Report on vaccination in Madras 1877-1894 - 1877-1894
Year: 1877
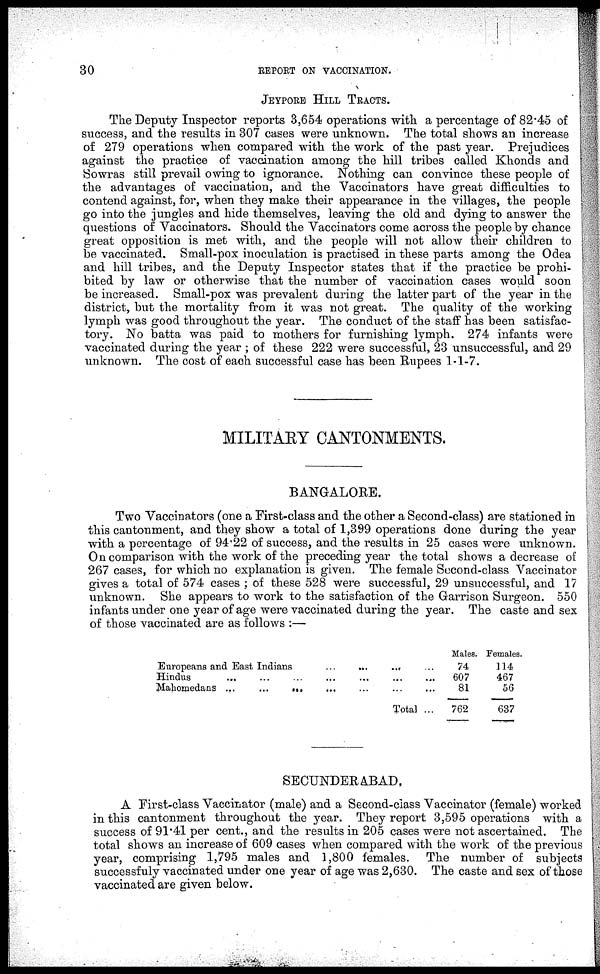
30
REPORT ON VACCINATION.
JEYPORE HILL TRACTS.
The Deputy Inspector reports 3,654 operations with a percentage of 82.45 of
success, and the results in 307 cases were unknown. The total shows an increase
of 279 operations when compared with the work of the past year. Prejudices
against the practice of vaccination among the hill tribes called Khonds and
Sowras still prevail owing to ignorance. Nothing can convince these people of
the advantages of vaccination, and the Vaccinators have great difficulties to
contend against, for, when they make their appearance in the villages, the people
go into the jungles and hide themselves, leaving the old and dying to answer the
questions of Vaccinators. Should the Vaccinators come across the people by chance
great opposition is met with, and the people will not allow their children to
be vaccinated. Small-pox inoculation is practised in these parts among the Odea
and hill tribes, and the Deputy Inspector states that if the practice be prohi-
bited by law or otherwise that the number of vaccination cases would soon
be increased. Small-pox was prevalent during the latter part of the year in the
district, but the mortality from it was not great. The quality of the working
lymph was good throughout the year. The conduct of the staff has been satisfac-
tory. No batta was paid to mothers for furnishing lymph. 274 infants were
vaccinated during the year ; of these 222 were successful, 23 unsuccessful, and 29
unknown. The cost of each successful case has been Rupees 1-1-7.
MILITARY CANTONMENTS.
BANGALORE.
Two Vaccinators (one a First-class and the other a Second-class) are stationed in
this cantonment, and they show a total of 1,399 operations done during the year
with a percentage of 94.22 of success, and the results in 25 cases were unknown.
On comparison with the work of the preceding year the total shows a decrease of
267 cases, for which no explanation is given. The female Second-class Vaccinator
gives a total of 574 cases ; of these 528 were successful, 29 unsuccessful, and 17
unknown. She appears to work to the satisfaction of the Garrison Surgeon. 550
infants under one year of age were vaccinated during the year. The caste and sex
of those vaccinated are as follows :—
Europeans and East Indians
...
...
...
...
Hindus ... ... ... ...
Mahomedans
...
...
...
... ...
Total ...
Males.
74
607
81
762
Females.
114
467
56
637
SECUNDERABAD.
A First-class Vaccinator (male) and a Second-class Vaccinator (female) worked
in this cantonment throughout the year. They report 3,595 operations with a
success of 91.41 per cent., and the results in 205 cases were not ascertained. The
total shows an increase of 609 cases when compared with the work of the previous
year, comprising 1,795 males and 1,800 females. The number of subjects
successfuly vaccinated under one year of age was 2,630. The caste and sex of those
vaccinated are given below.